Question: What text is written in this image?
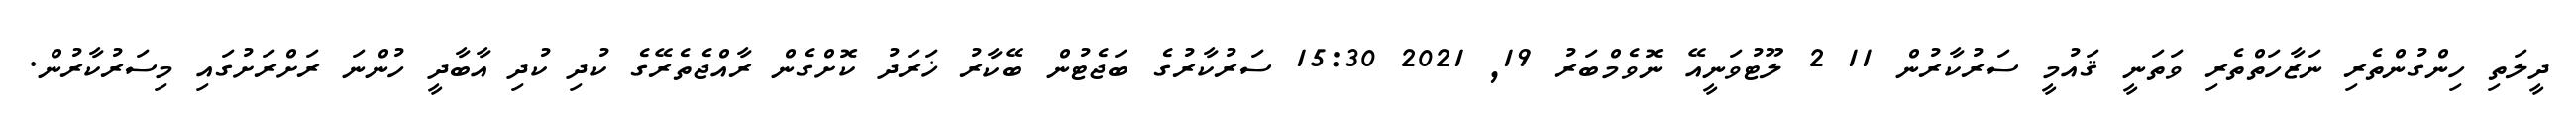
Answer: ދީލަތި ހިންގުންތެރި ނަޒާހަތްތެރި ވަތަނީ ޤައުމީ ސަރުކާރުން 11 2 ލޫޓުވަނީއޭ ނޮވެމްބަރު 19, 2021 15:30 ސަރުކާރުގެ ބަޖެޓުން ބޭކާރު ޚަރަދު ކޮށްގެން ރާއްޖެތެރޭގެ ކުދި ކުދި އާބާދީ ހުންނަ ރަށްރަށުގައި މިސަރުކާރުން.